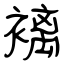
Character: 褵